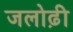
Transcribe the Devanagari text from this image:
जलोढ़ी